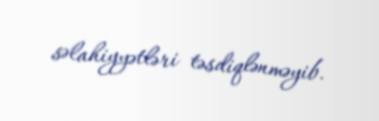
səlahiyyətləri təsdiqlənməyib.